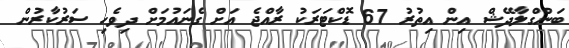
ބަންގްލާދޭޝް އިން އިތުރު 67 ޑޮކްޓަރަކު ރާއްޖެ އަށް ގެނައުމަށް ދިވެހި ސަރުކާރުން